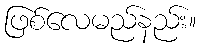
ဖြစ်လေမည်နည်း။